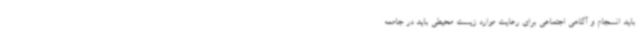
باید انسجام و آگاهی اجتماعی برای رعایت موارد زیست محیطی باید در جامعه